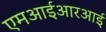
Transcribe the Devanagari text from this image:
एमआईआरआई